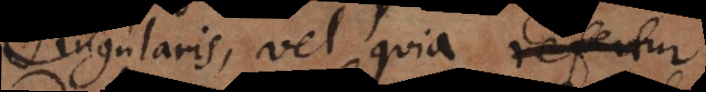
singularis, vel quia refertur